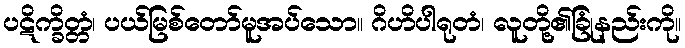
ပဋိက္ခိတ္တံ၊ ပယ်မြစ်တော်မူအပ်သော။ ဂိဟိပါရုတံ၊ လူတို့၏ခြုံနည်းကို။